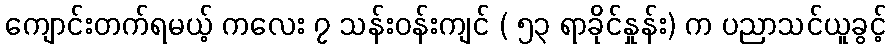
ကျောင်းတက်ရမယ့် ကလေး ၇ သန်းဝန်းကျင် ( ၅၃ ရာခိုင်နှုန်း) က ပညာသင်ယူခွင့်